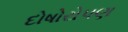
દોષોરોપણ